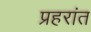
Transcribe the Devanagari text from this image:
प्रहरांत